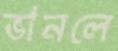
ভানলে